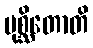
ပုစ္ဆိတောတိ